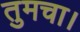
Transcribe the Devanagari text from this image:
तुमचा।